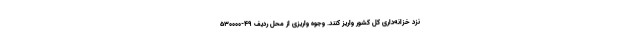
نزد خزانه‌داری کل‌ کشور واریز کنند. وجوه واریزی از محل ردیف ۴۹-۵۳۰۰۰۰